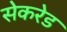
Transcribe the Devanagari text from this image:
सेकरेड